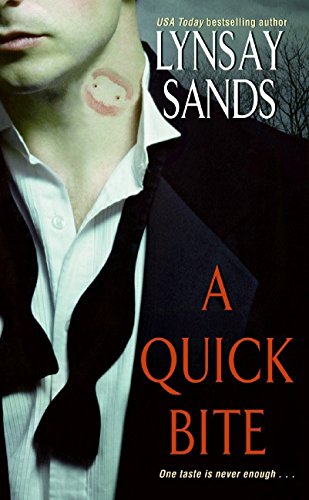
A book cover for A Quick Bite (Argeneau Vampires, Book 1); Lynsay Sands; Romance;